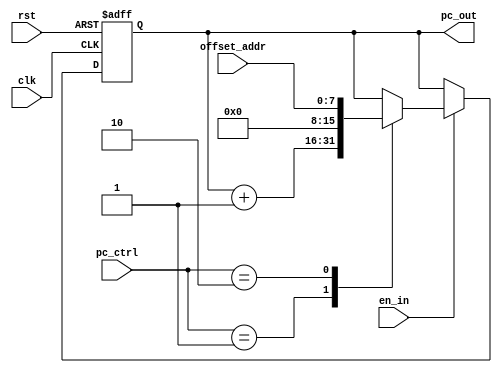
`timescale 1ns / 1ps

module PC(
	clk, rst, en_in,
	pc_ctrl, offset_addr, 		 			 
	pc_out  		
   );
	input clk,rst,en_in;	 // 
	input wire[1:0] pc_ctrl;	 // 
	input wire[7:0] offset_addr;	 // 
	output reg[15:0] pc_out;    // 
   
	always@(posedge clk or negedge rst)
	 begin
		 // rstpc_out0
		 if(rst==0)
		 begin
			pc_out <= 0;
		 end
		 else
		 begin
			if(en_in==1)
			// pc_ctrl
			begin
				case (pc_ctrl)
					// pc_out verilog {}{1'b1,2'b01}=3'b101;
					2'b00: pc_out <= pc_out;
					2'b01: pc_out <= pc_out + 1;	//+1
					2'b10: pc_out <= {8'b0,offset_addr};
					// pc_out
					default: pc_out <= pc_out;
				endcase
			end
		 end   	 
	 end
endmodule